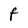
Character: F